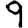
Digit: 9